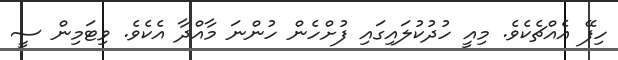
ހިފޭ އެއްޗެކެވެ. މިއީ ހުދުކުލައިގައި ފުށްހެން ހުންނަ މާއްދާ އެކެވެ. ވިޓަމިން ސީ